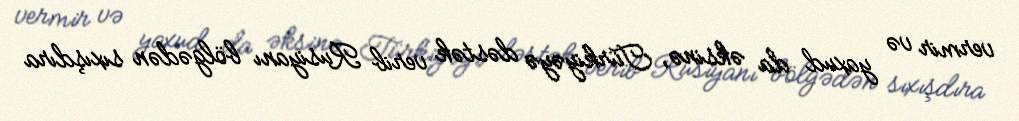
vermir və yaxud da əksinə, Türkiyəyə dəstək verib Rusiyanı bölgədən sıxışdıra